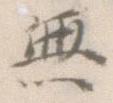
無